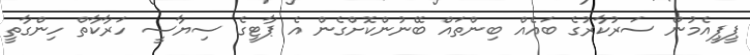
ޕީޕީއެމުން ސަރުކާރުގެ ބައެއް ބިންތައް ބޭނުންކޮށްގެން އެ ޕާޓީގެ ސިޔާސީ ހަރާކާތް ހިންގާތީ